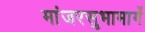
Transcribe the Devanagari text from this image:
मांजरसुभामार्गे